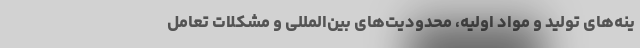
ینه‌های تولید و مواد اولیه، محدودیت‌های بین‌المللی و مشکلات تعامل